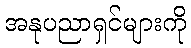
အနုပညာရှင်များကို